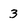
Character: 3